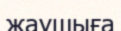
жаушыға